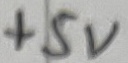
Text: +5V